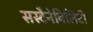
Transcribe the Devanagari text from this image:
सस्टैनेबिलिटी